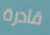
قادرة